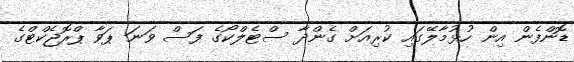
ޑޮންފެން އިން ހުޅުމާލޭގައި ކުރިއަށް ގެންދާ ސްޓެލްކޯގެ ފަސް ވަނަ ޕަވާ ޕްރޮޖެކްޓްގެ